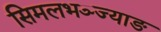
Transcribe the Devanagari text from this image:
सिमलभञ्ज्याङ